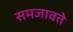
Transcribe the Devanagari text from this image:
समजावते